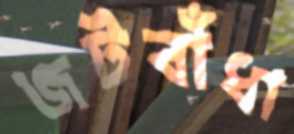
জটবাঁধা